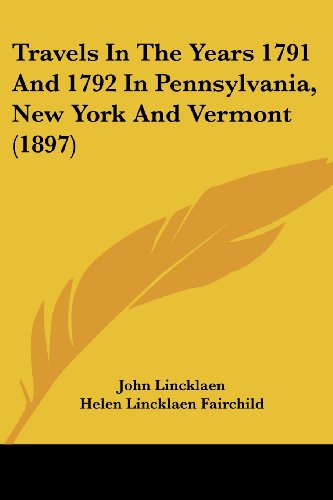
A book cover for Travels In The Years 1791 And 1792 In Pennsylvania, New York And Vermont (1897); John Lincklaen; Travel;